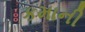
કમાની